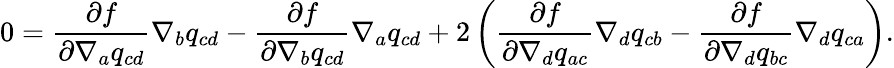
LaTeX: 0=\frac{\partial f}{\partial\nabla_{a}q_{cd}}\nabla_{b}q_{cd}-\frac{\partial f}{\partial\nabla_{b}q_{cd}}\nabla_{a}q_{cd}+2\left(\frac{\partial f}{\partial\nabla_{d}q_{ac}}\nabla_{d}q_{cb}-\frac{\partial f}{\partial\nabla_{d}q_{bc}}\nabla_{d}q_{ca}\right).